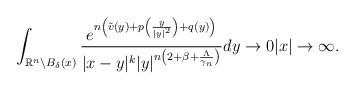
LaTeX: \begin{align*}\int_{\mathbb{R}^n\backslash B_{\delta}(x)}\frac{e^{n\left(\tilde{v}(y)+p\left(\frac{y}{|y|^2}\right)+q(y)\right)}}{|x-y|^k|y|^{n\left(2+\beta+\frac{\Lambda}{\gamma_{n}}\right)}}dy\rightarrow 0|x|\rightarrow\infty.\end{align*}